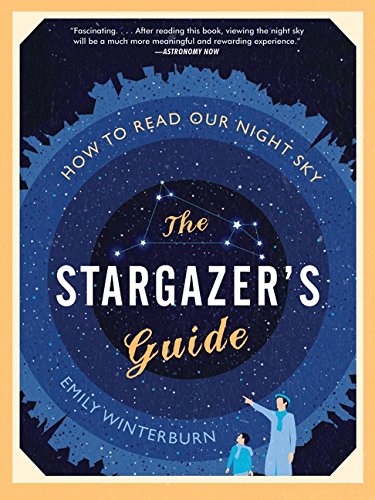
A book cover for The Stargazer's Guide: How to Read Our Night Sky; Emily Winterburn; Science & Math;